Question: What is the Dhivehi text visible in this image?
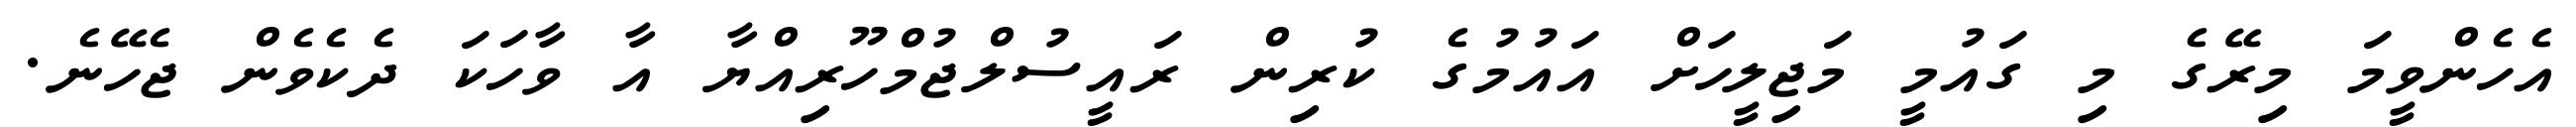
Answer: އެހެންވީމަ މިރޭގެ މި ގައުމީ މަޖިލީހަށް އައުމުގެ ކުރިން ރައީސުލްޖުމްހޫރިއްޔާ އާ ވާހަކަ ދެކެވެން ޖެހޭނެ.